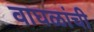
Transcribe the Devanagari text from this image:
वाघळांची